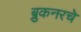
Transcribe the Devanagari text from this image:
ब्रुकनरचे